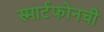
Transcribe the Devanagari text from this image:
स्मार्टफोनची